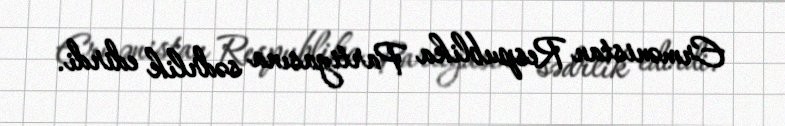
Ermənistan Respublika Partiyasına sədrlik edirdi.